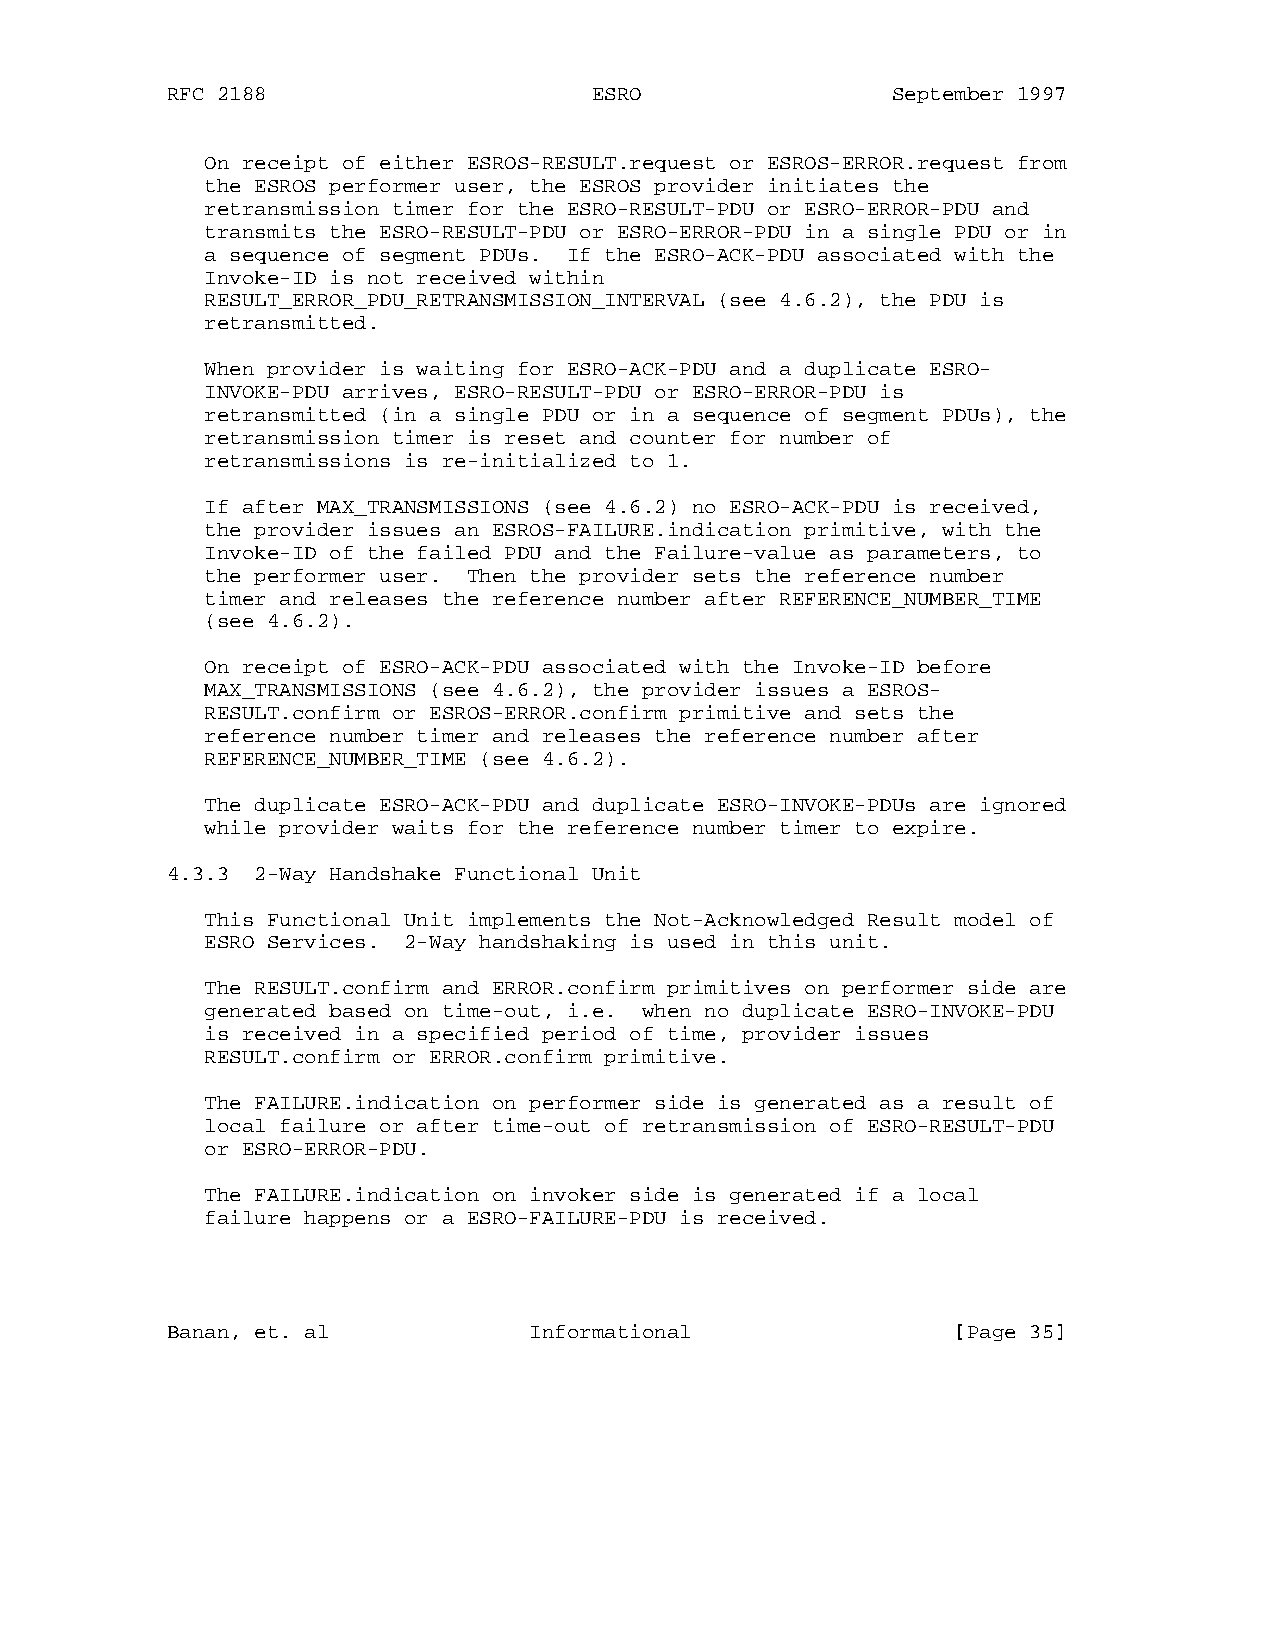
RFC 2188                    ESRO                September 1997
 On receipt of either ESROS-RESULT.request or ESROS-ERROR.request from
 the ESROS performer user, the ESROS provider initiates the
 retransmission timer for the ESRO-RESULT-PDU or ESRO-ERROR-PDU and
 transmits the ESRO-RESULT-PDU or ESRO-ERROR-PDU in a single PDU or in
 a sequence of segment PDUs. If the ESRO-ACK-PDU associated with the
 Invoke-ID is not received within
 RESULT_ERROR_PDU_RETRANSMISSION_INTERVAL (see 4.6.2), the PDU is
 retransmitted.
 When provider is waiting for ESRO-ACK-PDU and a duplicate ESRO-
 INVOKE-PDU arrives, ESRO-RESULT-PDU or ESRO-ERROR-PDU is
 retransmitted (in a single PDU or in a sequence of segment PDUs), the
 retransmission timer is reset and counter for number of
 retransmissions is re-initialized to 1.
 If after MAX_TRANSMISSIONS (see 4.6.2) no ESRO-ACK-PDU is received,
 the provider issues an ESROS-FAILURE.indication primitive, with the
 Invoke-ID of the failed PDU and the Failure-value as parameters, to
 the performer user. Then the provider sets the reference number
 timer and releases the reference number after REFERENCE_NUMBER_TIME
 (see 4.6.2).
 On receipt of ESRO-ACK-PDU associated with the Invoke-ID before
 MAX_TRANSMISSIONS (see 4.6.2), the provider issues a ESROS-
 RESULT.confirm or ESROS-ERROR.confirm primitive and sets the
 reference number timer and releases the reference number after
 REFERENCE_NUMBER_TIME (see 4.6.2).
 The duplicate ESRO-ACK-PDU and duplicate ESRO-INVOKE-PDUs are ignored
 while provider waits for the reference number timer to expire.
 4.3.3 2-Way Handshake Functional Unit
 This Functional Unit implements the Not-Acknowledged Result model of
 ESRO Services. 2-Way handshaking is used in this unit.
 The RESULT.confirm and ERROR.confirm primitives on performer side are
 generated based on time-out, i.e. when no duplicate ESRO-INVOKE-PDU
 is received in a specified period of time, provider issues
 RESULT.confirm or ERROR.confirm primitive.
 The FAILURE.indication on performer side is generated as a result of
 local failure or after time-out of retransmission of ESRO-RESULT-PDU
 or ESRO-ERROR-PDU.
 The FAILURE.indication on invoker side is generated if a local
 failure happens or a ESRO-FAILURE-PDU is received.
 Banan, et. al           Informational               [Page 35]